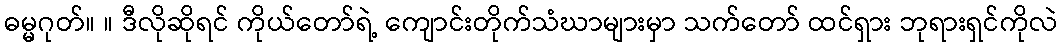
ဓမ္မဂုတ်။ ။ ဒီလိုဆိုရင် ကိုယ်တော်ရဲ့ ကျောင်းတိုက်သံဃာများမှာ သက်တော် ထင်ရှား ဘုရားရှင်ကိုလဲ